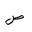
Letter: _sad